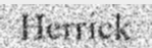
Herrick